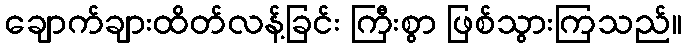
ချောက်ချားထိတ်လန့်ခြင်း ကြီးစွာ ဖြစ်သွားကြသည်။